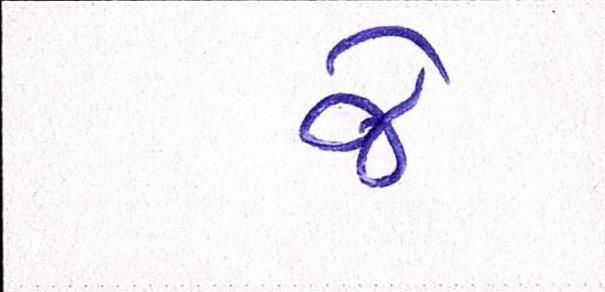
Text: જે